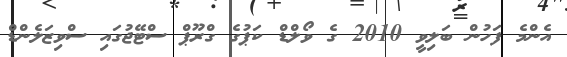
އެންމެ ފަހުން ބަލިވީ 2010 ގެ ވޯލްޑް ކަޕުގެ ގްރޫޕް ސްޓޭޖުގައި ސްވިޒަލެންޑް